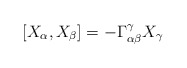
\begin{align*}[X_\alpha,X_\beta] = - \Gamma_{\alpha\beta}^\gamma X_\gamma \end{align*}